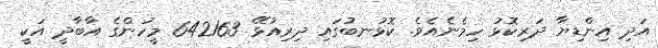
އަދި އިންޑިޔާ ދަރިކޮޅު ހިމެނެއެވެ. ކޮޅުނބުގައި ދިރިއުޅޭ 642163 މީހުންގެ އާބާދީ އަކީ